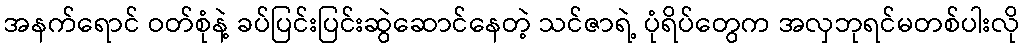
အနက်ရောင် ဝတ်စုံနဲ့ ခပ်ပြင်းပြင်းဆွဲဆောင်နေတဲ့ သင်ဇာရဲ့ ပုံရိပ်တွေက အလှဘုရင်မတစ်ပါးလို